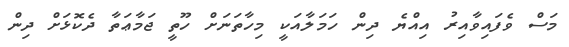
މަސް ވެފައިވާއިރު އިއްޔެ ދިން ހަމަލާއަކީ މިހާތަނަށް ހޫތީ ޖަމާޢަތާ ދެކޮޅަށް ދިން